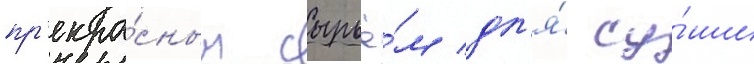
пр'екра́сным сырьё́м дл'я́ су́ши